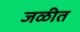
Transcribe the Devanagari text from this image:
जळीत